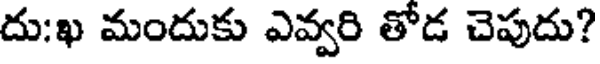
దు:ఖ మందుకు ఎవ్వరి తోడ చెపుదు?